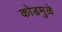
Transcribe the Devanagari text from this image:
कोडमुळे